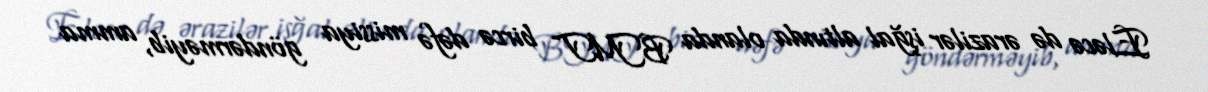
Eləcə də ərazilər işğal altında olanda BMT bircə dəfə missiya göndərməyib, amma